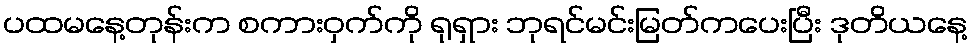
ပထမနေ့တုန်းက စကားဝှက်ကို ရုရှား ဘုရင်မင်းမြတ်ကပေးပြီး ဒုတိယနေ့